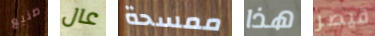
صنيع عال ممسحة هذا قيصر